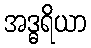
အဒ္ဓရိယာ